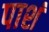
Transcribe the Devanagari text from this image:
पाशं